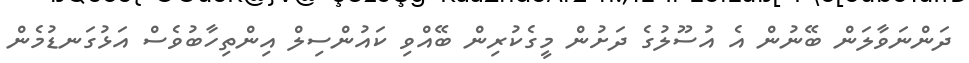
ދަންނަވާލަން ބޭނުން އެ އުސޫލުގެ ދަށުން މީގެކުރިން ބޭއްވި ކައުންސިލް އިންތިހާބުވެސް އަޅުގަނޑުމެން